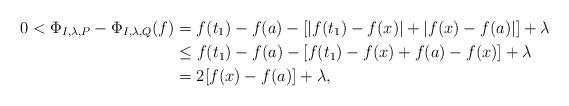
LaTeX: \begin{align*}0<\Phi_{I,\lambda,P}-\Phi_{I,\lambda,Q}(f) & =f(t_{1})-f(a)-\left[|f(t_{1})-f(x)|+|f(x)-f(a)|\right]+\lambda\\ & \le f(t_{1})-f(a)-\left[f(t_{1})-f(x)+f(a)-f(x)\right]+\lambda\\ & =2[f(x)-f(a)]+\lambda,\end{align*}